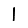
Digit: 1